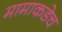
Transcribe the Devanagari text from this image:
मामाकडेच